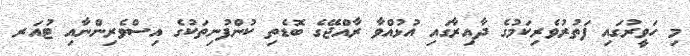
މި ހަވީރުގައި ފަތުރުވެރިކަމުގެ ދާއިރާގައި އުޅުއްވާ ރާއްޖޭގެ ބޮޑެތި ކުންފުނިތަކުގެ އިސްވެރިންނާއި ޓުއަރ